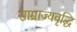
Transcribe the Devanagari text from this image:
साम्राज्यवृद्धि